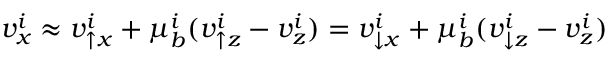
v _ { x } ^ { i } \approx v _ { \uparrow x } ^ { i } + \mu _ { b } ^ { i } ( v _ { \uparrow z } ^ { i } - v _ { z } ^ { i } ) = v _ { \downarrow x } ^ { i } + \mu _ { b } ^ { i } ( v _ { \downarrow z } ^ { i } - v _ { z } ^ { i } )